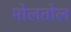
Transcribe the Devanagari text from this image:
मोलतोल